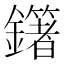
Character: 𨮿